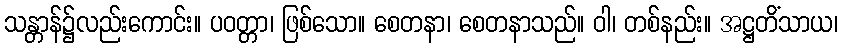
သန္တာန်၌လည်းကောင်း။ ပဝတ္တာ၊ ဖြစ်သော။ စေတနာ၊ စေတနာသည်။ ဝါ၊ တစ်နည်း။ အဋ္ဌတိံသာယ၊